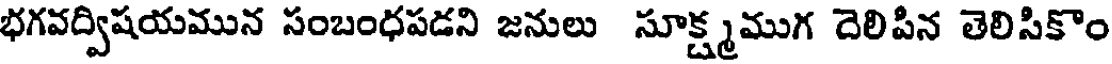
భగవద్విషయమున సంబంధపడని జనులు సూక్ష్మముగ దెలిపిన తెలిసికొం